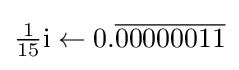
{\tfrac {1}{15}}\mathrm {i} \gets 0.{\overline {00000011}}